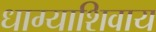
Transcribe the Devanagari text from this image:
धाग्याशिवाय